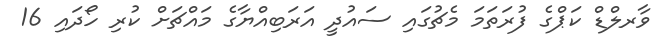
ވާރލްޑް ކަޕްގެ ފުރަތަމަ މެޗުގައި ސައުދީ އަރަބިއްޔާގެ މައްޗަށް ކުރި ހޯދައި 16